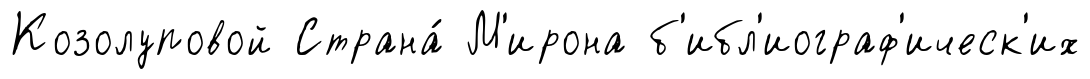
Козолуповой Страна́ М'ирона б'ибл'иограф'ическ'их